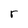
Character: r